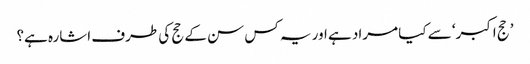
’حج اکبر‘ سے کیا مراد ہے اور یہ کس سن کے حج کی طرف اشارہ ہے؟